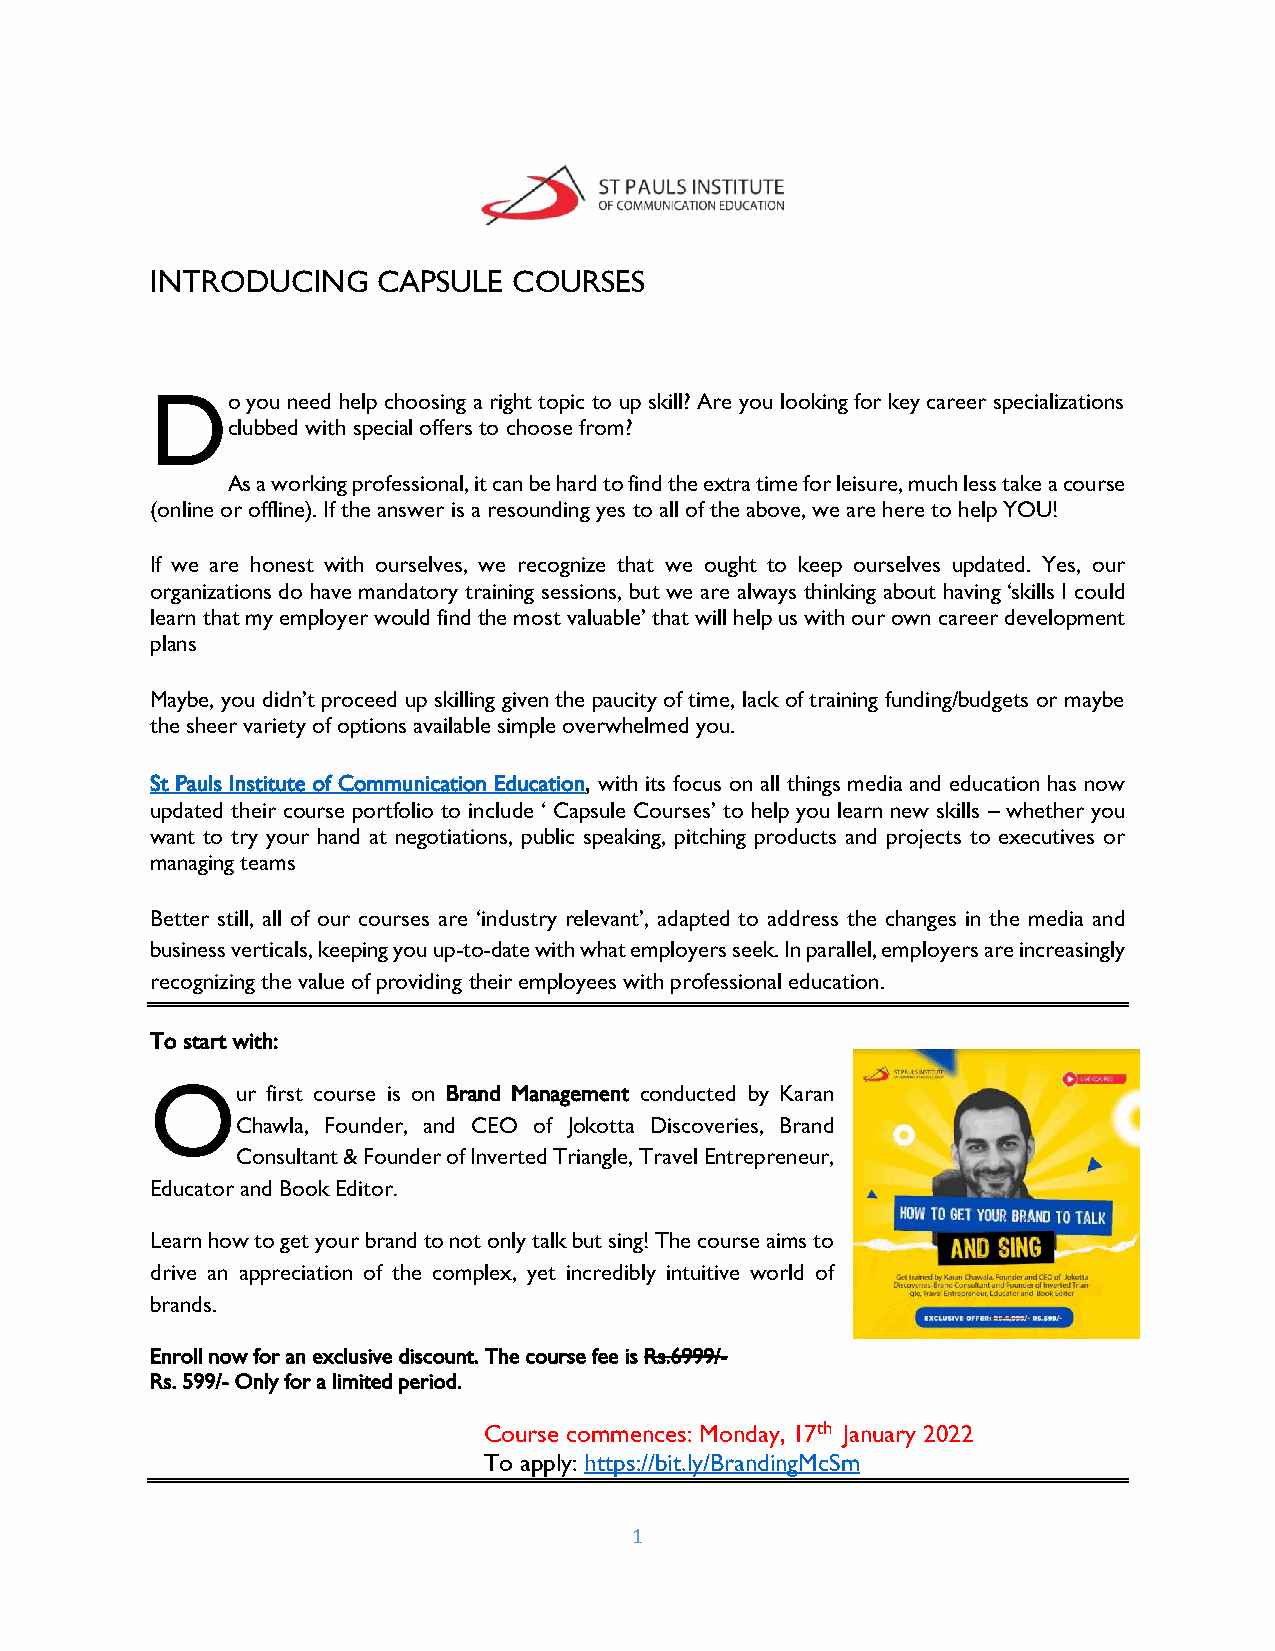
INTRODUCING    CAPSULE  COURSES
 D    o you need help choosing a right topic to up skill? Are you looking for key career specializations
 clubbed with special offers to choose from?
 As a working professional, it can be hard to find the extra time for leisure, much less take a course
 (online or offline). If the answer is a resounding yes to all of the above, we are here to help YOU!
 If we are honest with ourselves, we recognize that we ought to keep ourselves updated. Yes, our
 organizations do have mandatory training sessions, but we are always thinking about having ‘skills I could
 learn that my employer would find the most valuable’ that will help us with our own career development
 plans
 Maybe, you didn’t proceed up skilling given the paucity of time, lack of training funding/budgets or maybe
 the sheer variety of options available simple overwhelmed you.
 St Pauls Institute of Communication Education, with its focus on all things media and education has now
 updated their course portfolio to include ‘ Capsule Courses’ to help you learn new skills – whether you
 want to try your hand at negotiations, public speaking, pitching products and projects to executives or
 managing teams
 Better still, all of our courses are ‘industry relevant’, adapted to address the changes in the media and
 business verticals, keeping you up-to-date with what employers seek. In parallel, employers are increasingly
 recognizing the value of providing their employees with professional education.
 To start with:
 O
 ur first course is on Brand Management conducted by Karan
 Chawla, Founder, and CEO of Jokotta Discoveries, Brand
 Consultant & Founder of Inverted Triangle, Travel Entrepreneur,
 Educator and Book Editor.
 Learn how to get your brand to not only talk but sing! The course aims to
 drive an appreciation of the complex, yet incredibly intuitive world of
 brands.
 Enroll now for an exclusive discount. The course fee is Rs.6̶9̶9̶9̶/-
 Rs. 599/- Only for a limited period.
 Course commences: Monday, 17th January 2022
 To apply: https://bit.ly/BrandingMcSm
 1